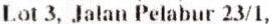
LOT 3, JALAN PELABUR 23/1,